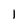
Character: 1